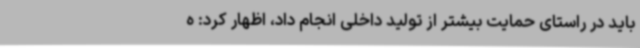
باید در راستای حمایت بیشتر از تولید داخلی انجام داد، اظهار کرد: ه